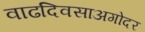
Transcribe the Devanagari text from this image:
वाढदिवसाअगोदर